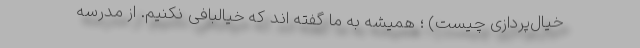
خیال‌پردازی چیست) ؛ همیشه به ما گفته اند که خیالبافی نکنیم. از مدرسه